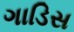
ગાડિસ